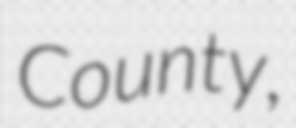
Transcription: County,